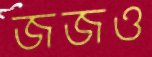
জজও